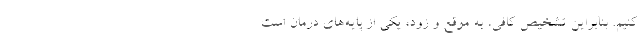
کنیم. بنابراین تشخیص کافی، به موقع و زود، یکی از پایه‌های درمان است